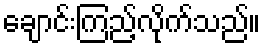
ချောင်းကြည့်လိုက်သည်။